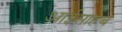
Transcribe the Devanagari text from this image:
आईसाहब